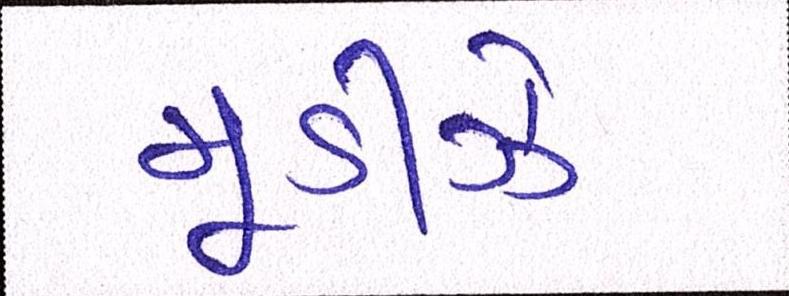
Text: મૂડીઝે